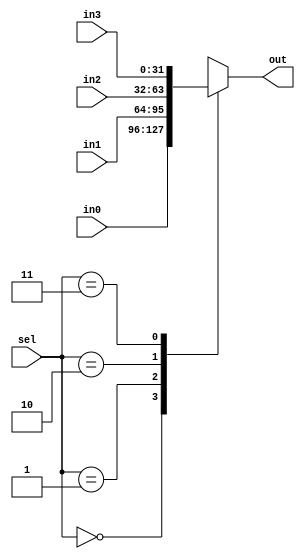
`timescale 1ns / 1ps
//////////////////////////////////////////////////////////////////////////////////
// Company: 
// Engineer: 
// 
// Design Name: 
// Module Name: Mux4to1_32bit
// Project Name: 
// Target Devices: 
// Tool Versions: 
// Description: 
// 
// Dependencies: 
// 
// Revision:
// Revision 0.01 - File Created
// Additional Comments:
// 
//////////////////////////////////////////////////////////////////////////////////


module Mux4to1_32bit(
input wire [1:0] sel,
input wire [31:0] in0,in1,in2,in3,
output reg [31:0] out
    );
always@* begin
case(sel)
2'b00: out <= in0;
2'b01: out <= in1;
2'b10: out <= in2;
2'b11: out <= in3;
endcase
end
endmodule